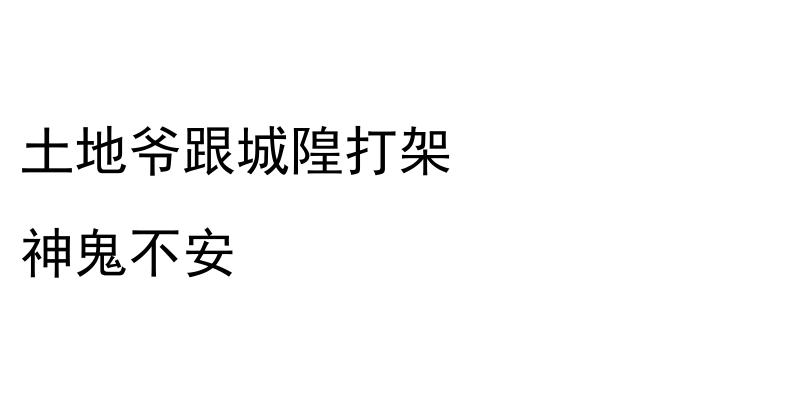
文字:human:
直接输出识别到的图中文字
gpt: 土地爷跟城隍打架 神鬼不安